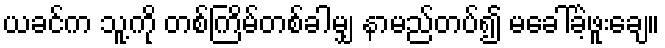
ယခင်က သူ့ကို တစ်ကြိမ်တစ်ခါမျှ နာမည်တပ်၍ မခေါ်ခဲ့ဖူးချေ။